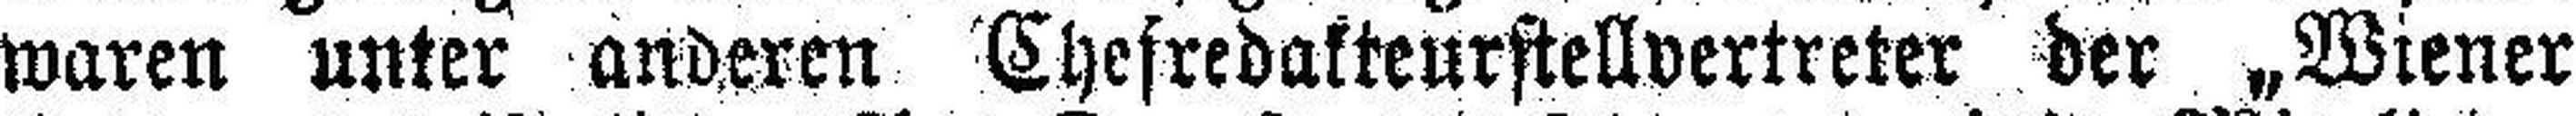
waren unter anderen Chefredakteurstellvertreter der „Wiener